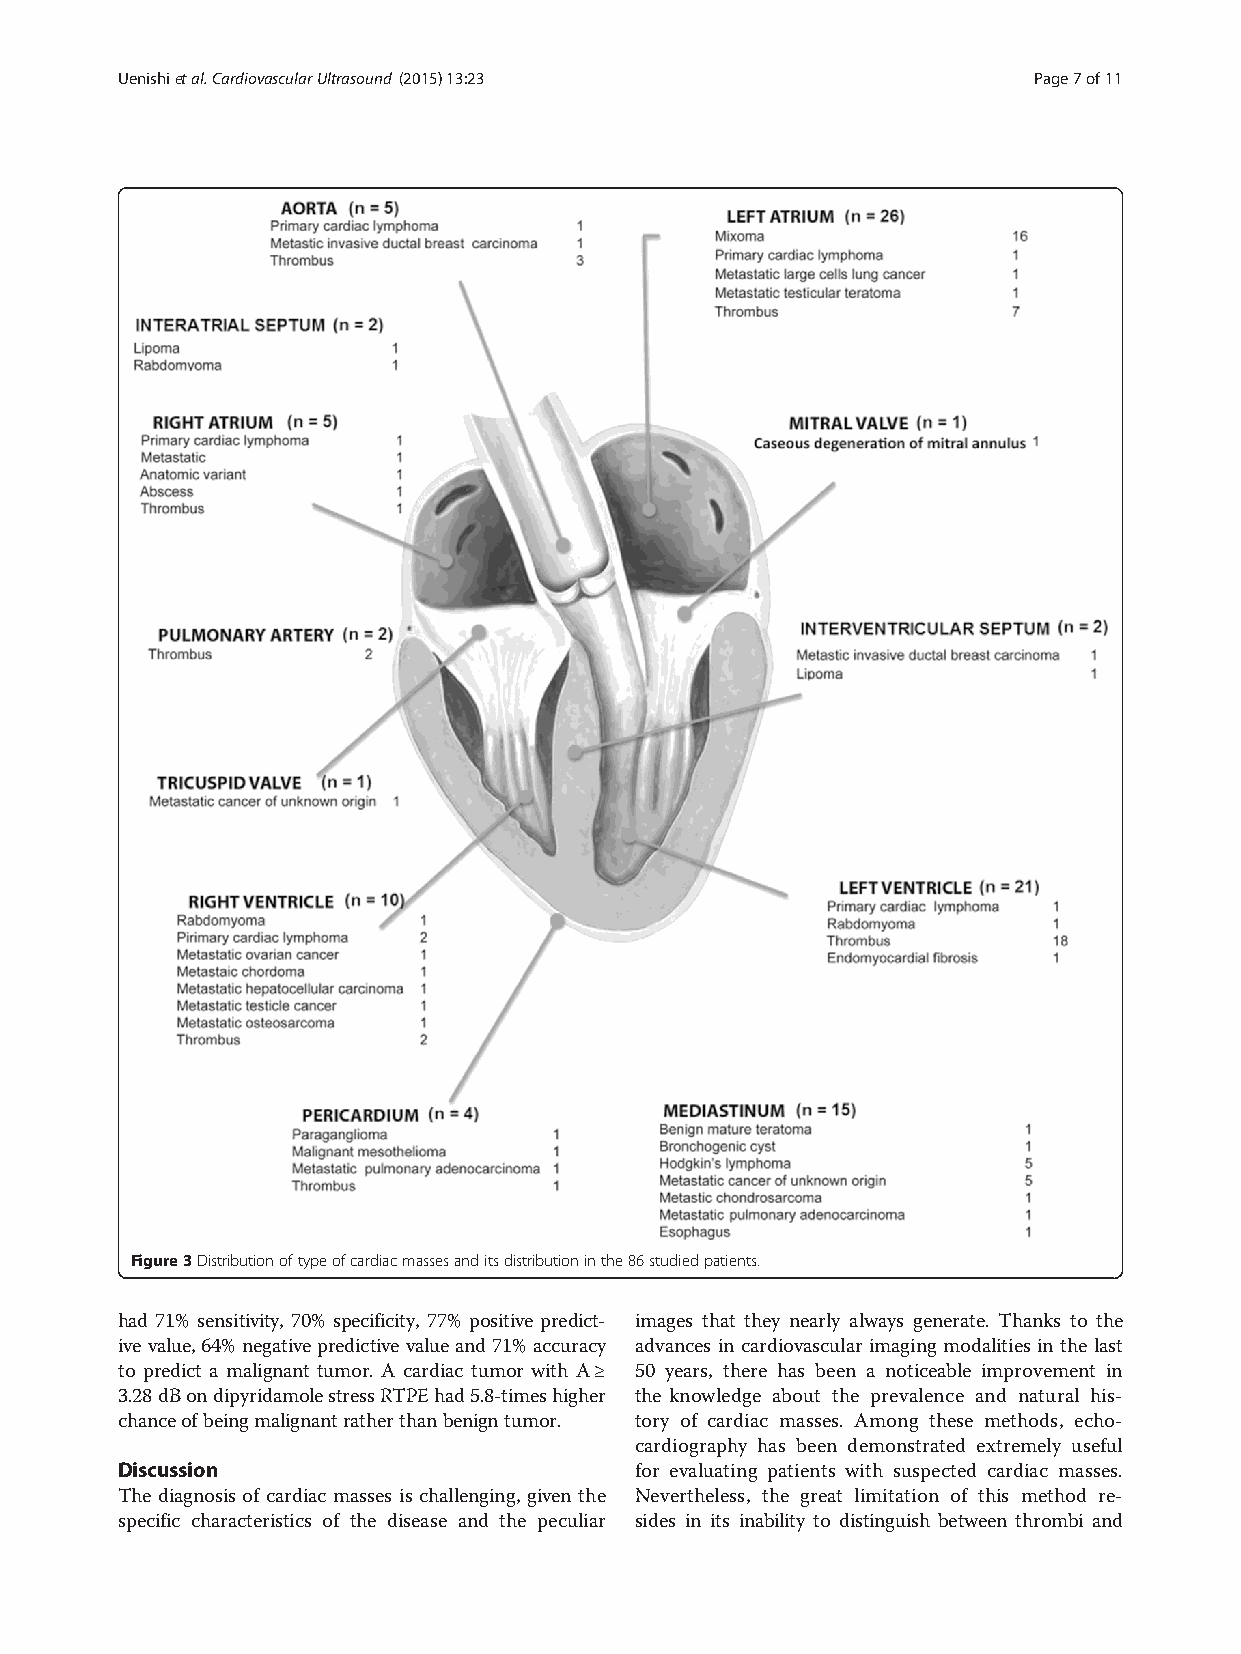
Uenishietal.CardiovascularUltrasound (2015) 13:23           Page7of11
 Figure3Distributionoftypeofcardiacmassesanditsdistributioninthe86studiedpatients.
 had 71% sensitivity, 70% specificity, 77% positive predict- images that they nearly always generate. Thanks to the
 ive value,64% negativepredictive value and71% accuracy advances in cardiovascular imaging modalities in the last
 to predict a malignant tumor. A cardiac tumor with A≥ 50 years, there has been a noticeable improvement in
 3.28dBondipyridamolestressRTPEhad5.8-timeshigher the knowledge about the prevalence and natural his-
 chanceofbeingmalignantratherthanbenigntumor. tory of cardiac masses. Among these methods, echo-
 cardiography has been demonstrated extremely useful
 Discussion                        for evaluating patients with suspected cardiac masses.
 The diagnosis of cardiac masses is challenging, given the Nevertheless, the great limitation of this method re-
 specific characteristics of the disease and the peculiar sides in its inability to distinguish between thrombi and